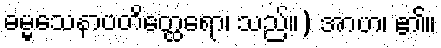
ဓမ္မသေနာပတိတ္ထေရော၊ သည်။) အာဟ၊ ၏။